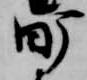
町